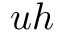
u h